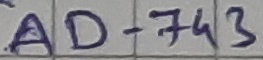
Text: AD-743